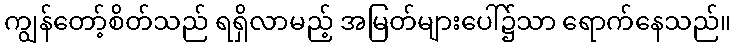
ကျွန်တော့်စိတ်သည် ရရှိလာမည့် အမြတ်များပေါ်၌သာ ရောက်နေသည်။